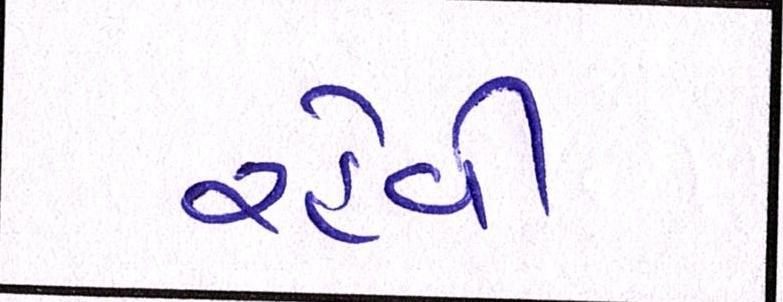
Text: રહેવી